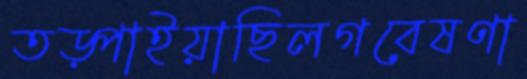
তড়্‌পাইয়াছিলগবেষণা